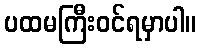
ပထမကြီးဝင်ရမှာပါ။